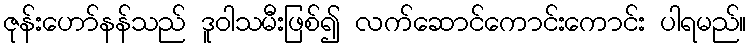
ဇုန်းဟော်နန်သည် ဒူဝါသမီးဖြစ်၍ လက်ဆောင်ကောင်းကောင်း ပါရမည်။